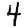
Digit: 4